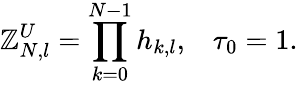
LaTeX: \mathbb{Z}_{N,l}^{U}=\prod_{k=0}^{N-1}h_{k,l},\; \; \; \tau_{0}=1.